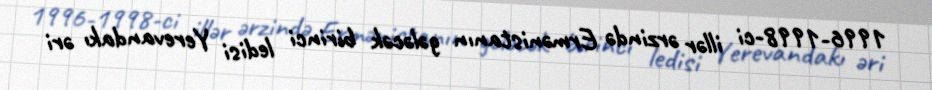
1996-1998-ci illər ərzində Ermənistanın gələcək birinci ledisi Yerevandakı əri